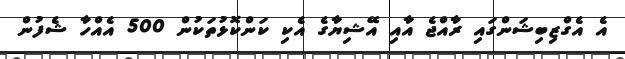
އެ އެގްޒިބިޝަންގައި ރާއްޖެ އާއި އޭޝިޔާގެ އެކި ކަންކޮޅުތަކުން 500 އެއްހާ ޝެފުން